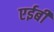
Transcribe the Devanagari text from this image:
एईबी